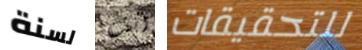
لسنة أنت للتحقيقات